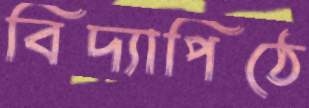
বিদ্যাপিঠে